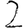
Digit: 2